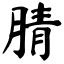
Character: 腈